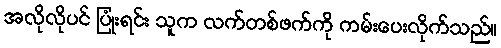
အလိုလိုပင် ပြုံးရင်း သူက လက်တစ်ဖက်ကို ကမ်းပေးလိုက်သည်။